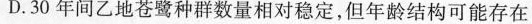
D.30年间乙地苍鹭种群数量相对稳定，但年龄结构可能存在